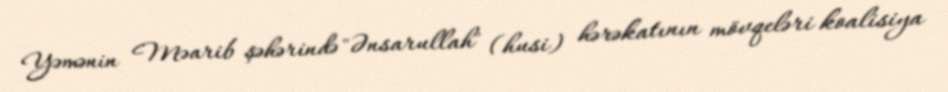
Yəmənin Məarib şəhərində "Ənsarullah" (husi) hərəkatının mövqeləri koalisiya